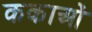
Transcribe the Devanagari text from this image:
ककाओं